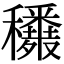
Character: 𥤈